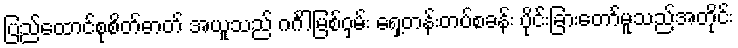
ပြည်ထောင်စုစိတ်ဓာတ် အယူသည် ဂင်္ဂါမြစ်ဝှမ်း ရှေ့တန်းတပ်စခန်း ပိုင်းခြားတော်မူသည်အတိုင်း